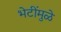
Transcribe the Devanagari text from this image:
भेटींमुळे